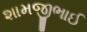
શામજીભાઈ